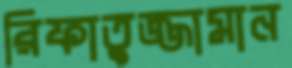
রিফাতুজ্জামান